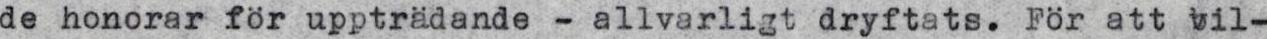
de honorar för uppträdande - allvarligt dryftats. För att vil-